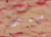
ضمير